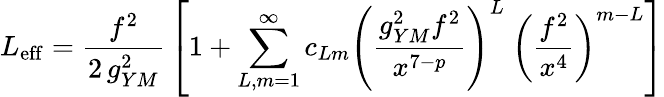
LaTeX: L_{\mathrm{eff}}={\frac{f^{2}}{2\, g_{YM}^{2}}}\left[1+\sum_{L,m=1}^{\infty}c_{Lm}\left({\frac{g_{YM}^{2}f^{2}}{x^{7-p}}}\right)^{L}~\left({\frac{f^{2}}{x^{4}}}\right)^{m-L}\right]